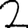
Digit: 2